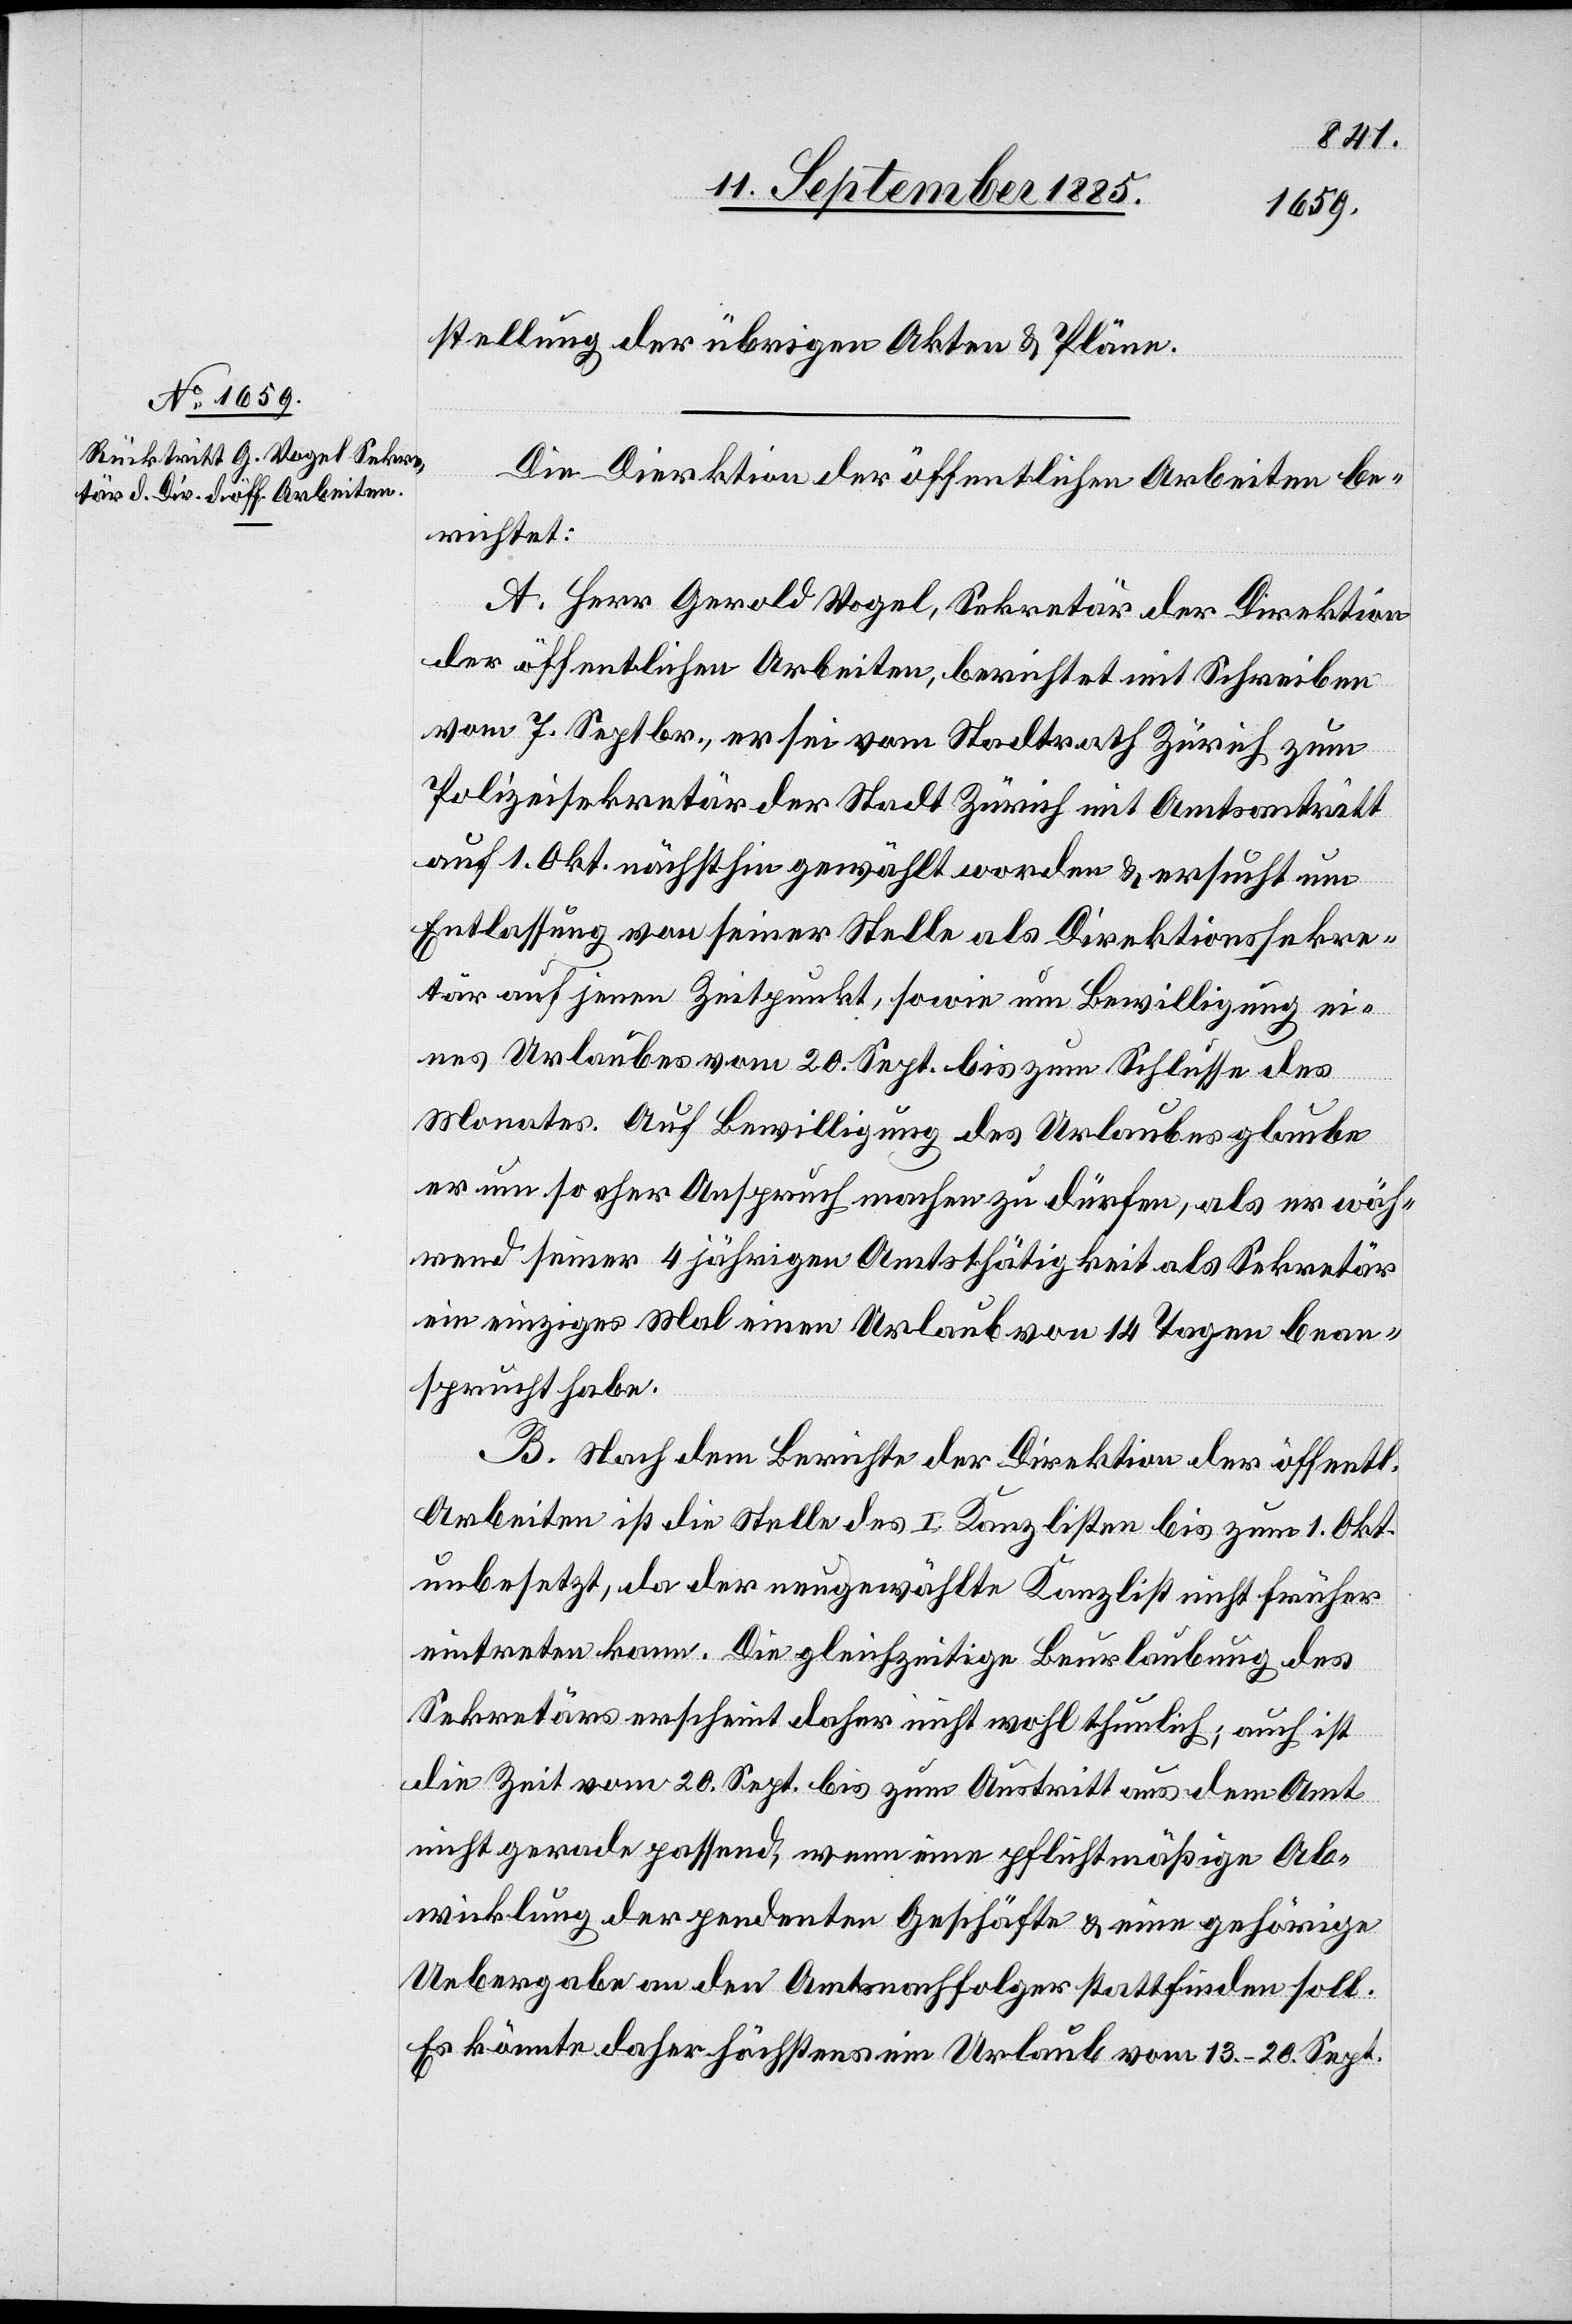
stellung der übrigen Akten & Pläne.
Die Direktion der öffentlichen Arbeiten be¬
richtet:
A. Herr Gerold Vogel, Sekretär der Direktion
der öffentlichen Arbeiten, berichtet mit Schreiben
vom 7. Septbr., er sei vom Stadtrath Zürich zum
Polizeisekretär der Stadt Zürich mit Amtsantritt
auf 1. Okt. nächsthin gewählt worden & ersucht um
Entlassung von seiner Stelle als Direktionssekre¬
tär auf jenen Zeitpunkt, sowie um Bewilligung ei¬
nes Urlaubes vom 20. Sept. bis zum Schlusse des
Monates. Auf Bewilligung des Urlaubes glaube
er um so eher Anspruch machen zu dürfen, als er wäh¬
rend seiner 4jährigen Amtsthätigkeit als Sekretär
ein einziges Mal einen Urlaub von 14 Tagen bean¬
sprucht habe.
B. Nach dem Berichte der Direktion der öffentl.
Arbeiten ist die Stelle des I. Kanzlisten bis zum 1. Okt.
unbesetzt, da der neugewählte Kanzlist nicht früher
eintreten kann. Die gleichzeitige Beurlaubung des
Sekretärs erscheint daher nicht wohl thunlich; auch ist
die Zeit vom 20. Sept. bis zum Austritt aus dem Amt
nicht gerade passend, wenn eine pflichtmäßige Ab¬
wicklung der pendenten Geschäfte & eine gehörige
Uebergabe an den Amtsnachfolger stattfinden soll.
Es könnte daher höchstens ein Urlaub vom 13.–20. Sept.